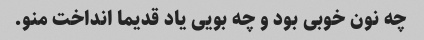
چه نون خوبی بود و چه بویی یاد قدیما انداخت منو.